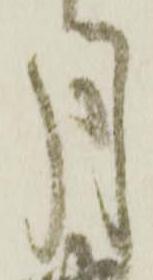
月